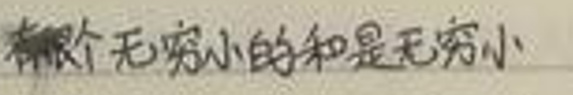
有限个无穷小的和是无穷小